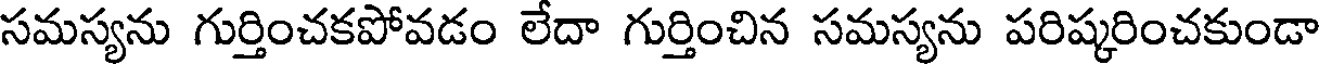
సమస్యను గుర్తించకపోవడం లేదా గుర్తించిన సమస్యను పరిష్కరించకుండా